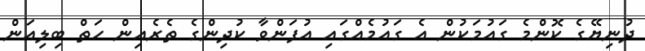
ދުނިޔޭގެ ކޮންމެ ގައުމަކުން އެ ގައުމެއްގައި އުފަންވާ ކުދިންގެ ތެރެއިން ހަތް ބިލިއަން